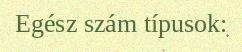
Egész szám típusok: